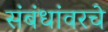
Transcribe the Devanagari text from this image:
संबंधांवरचे